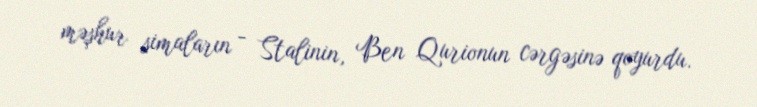
məşhur simaların - Stalinin, Ben Qurionun cərgəsinə qoyurdu.